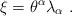
LaTeX: \begin{align*} \xi=\theta^\alpha\lambda_\alpha\ .\end{align*}